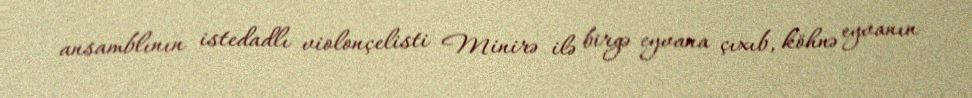
ansamblının istedadlı violonçelisti Minirə ilə birgə eyvana çıxıb, köhnə eyvanın